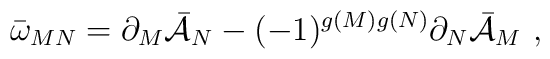
\bar \omega_{MN} = \partial_M \bar{\cal{A}}_N - (-1)^{g(M)g(N)} \partial_N\bar {\cal{A}}_M\ ,